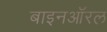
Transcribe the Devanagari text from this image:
बाइनऑरल